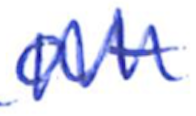
Text: at
Cross-out: zig-zag
Writing tool: ballpoint